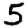
Digit: 5